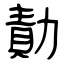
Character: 勣